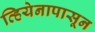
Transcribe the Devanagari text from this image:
व्हियेनापासून